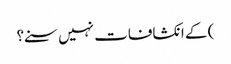
) کے انکشافات نہیں سنے؟